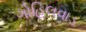
ગોહિલવાડ